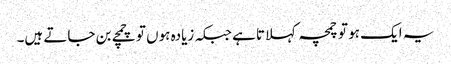
یہ ایک ہو تو چمچہ کہلاتا ہے جبکہ زیادہ ہوں تو چمچے بن جاتے ہیں۔